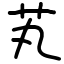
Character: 芄